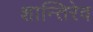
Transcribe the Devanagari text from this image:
शान्तिरेव